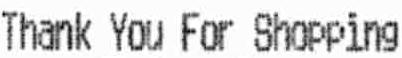
THANK YOU FOR SHOPPING